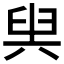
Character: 𠔜